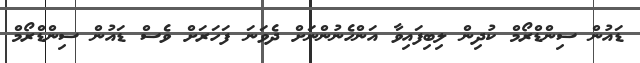
ޑައުން ސިންޑްރޯމް ކުދިން ލިބިފައިވާ އަންހެނުންނަށް ދެވަނަ ފަހަރަށް ވެސް ޑައުން ސިންޑްރޯމް